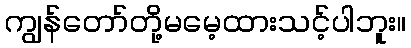
ကျွန်တော်တို့မမေ့ထားသင့်ပါဘူး။